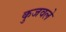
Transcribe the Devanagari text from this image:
कुजवले